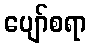
ပျော်စရာ